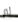
لم